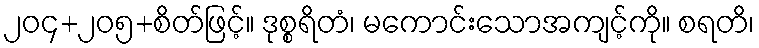
၂၀၄+၂၀၅+စိတ်ဖြင့်။ ဒုစ္စရိတံ၊ မကောင်းသောအကျင့်ကို။ စရတိ၊